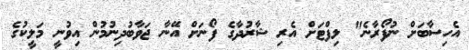
އެހިސާބަށް ނުފޯރާނެ" ލިފްޓަށް އެރި ޝާރުދާގެ ފޯނަށް އޭނާ ޖަވާބުދިނުމުން އިވުނީ މަލީކުގެ